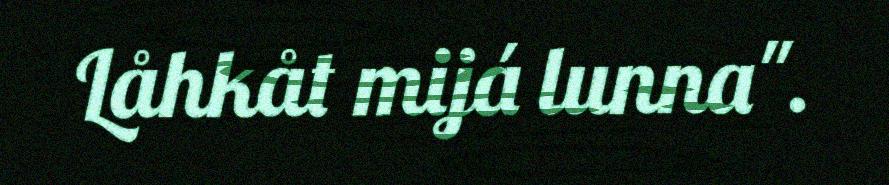
Låhkåt mijá lunna".